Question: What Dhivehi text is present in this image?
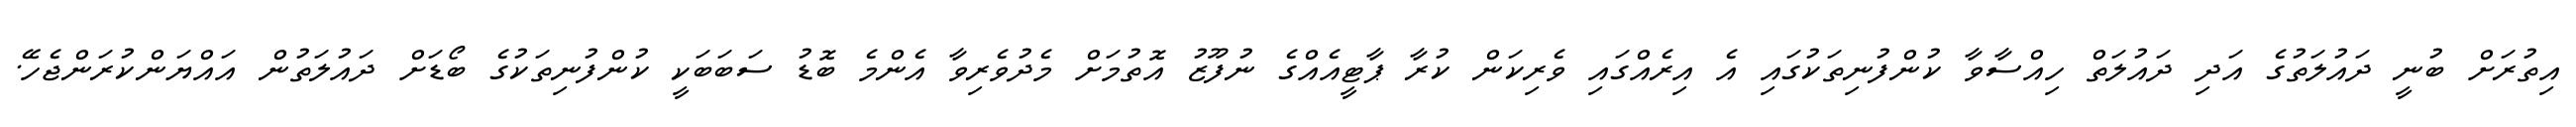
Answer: އިތުރަށް ބުނީ ދައުލަތުގެ އަދި ދައުލަތް ހިއްސާވާ ކުންފުނިތަކުގައި އެ އިރެއްގައި ވެރިކަން ކުރާ ޕާޓީއެއްގެ ނުފޫޒު އޮތުމަށް މެދުވެރިވާ އެންމެ ބޮޑު ސަބަބަކީ ކުންފުނިތަކުގެ ބޯޑަށް ދައުލަތުން އައްޔަންކުރަންޖެހޭ.